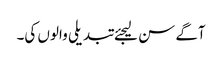
آگے سن لیجئے تبدیلی والوں کی۔